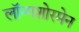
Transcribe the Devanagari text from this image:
लॉन्गशोरमेन